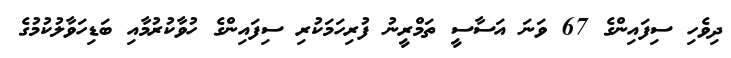
ދިވެހި ސިފައިންގެ 67 ވަނަ އަސާސީ ތަމްރީނު ފުރިހަމަކުރި ސިފައިންގެ ހުވާކުރުމާއި ބަޑިހަވާލުކުމުގެ